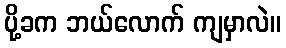
ပို့ခက ဘယ်လောက် ကျမှာလဲ။